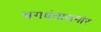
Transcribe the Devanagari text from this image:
भगवंतासमोर